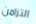
التزامن